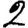
Digit: 2